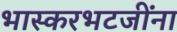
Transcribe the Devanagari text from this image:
भास्करभटजींना